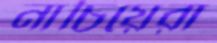
নাচিয়েরা